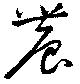
農